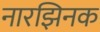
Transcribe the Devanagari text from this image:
नारझिनक